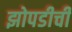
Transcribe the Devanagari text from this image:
झोपडीची